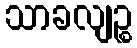
သာခလျဉ္စ